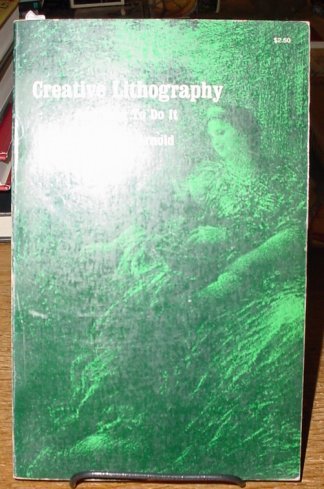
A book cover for Creative Lithography; Grant Arnold; Arts & Photography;